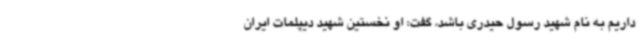
داریم به نام شهید رسول حیدری باشد، گفت: او نخستین شهید دیپلمات ایران